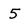
Character: 5